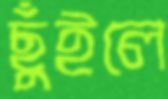
ছুঁইলে